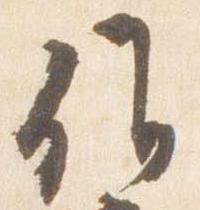
候